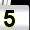
Digit: 5